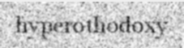
hyperothodoxy